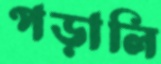
পড়ালি